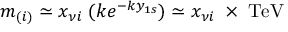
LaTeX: m _ { ( i ) } \simeq x _ { \nu i } \; ( k e ^ { - k y _ { 1 s } } ) \simeq x _ { \nu i } \; \times \; \mathrm { T e V }